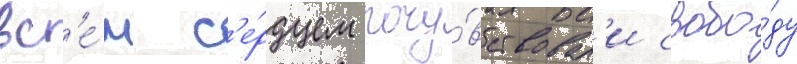
вс'е́м с'е́рдцем почу́вствовал'и свобо́ду